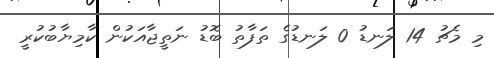
މި މެޗު 14 ލަނޑު 0 ލަނޑުގެ ތަފާތު ބޮޑު ނަތީޖާއަކުން ކާމިޔާބުކުރީ